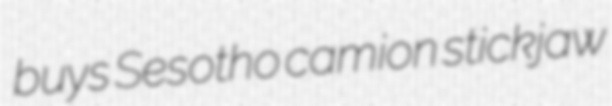
buys Sesotho camion stickjaw